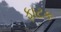
ફાટક